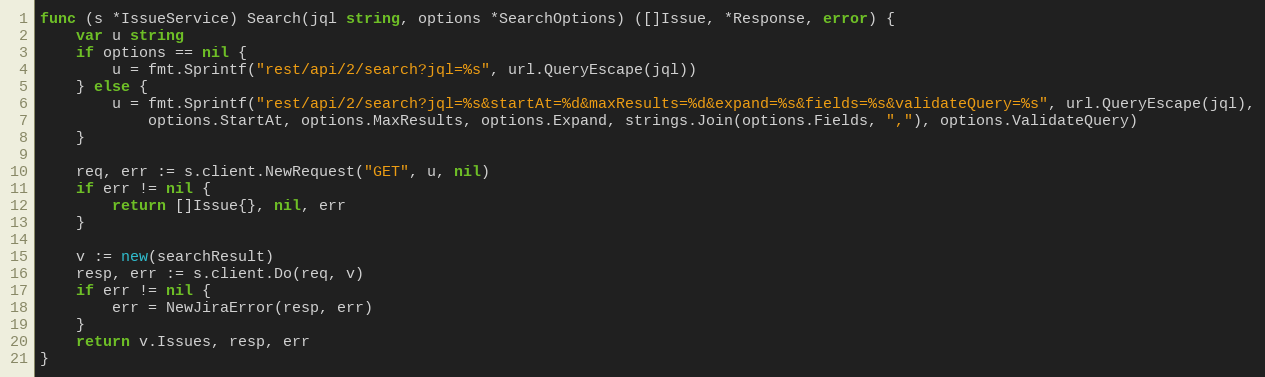
Language: Go
func (s *IssueService) Search(jql string, options *SearchOptions) ([]Issue, *Response, error) {
	var u string
	if options == nil {
		u = fmt.Sprintf("rest/api/2/search?jql=%s", url.QueryEscape(jql))
	} else {
		u = fmt.Sprintf("rest/api/2/search?jql=%s&startAt=%d&maxResults=%d&expand=%s&fields=%s&validateQuery=%s", url.QueryEscape(jql),
			options.StartAt, options.MaxResults, options.Expand, strings.Join(options.Fields, ","), options.ValidateQuery)
	}

	req, err := s.client.NewRequest("GET", u, nil)
	if err != nil {
		return []Issue{}, nil, err
	}

	v := new(searchResult)
	resp, err := s.client.Do(req, v)
	if err != nil {
		err = NewJiraError(resp, err)
	}
	return v.Issues, resp, err
}